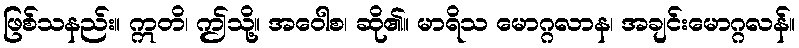
ဖြစ်သနည်း။ ဣတိ၊ ဤသို့။ အဝေါစ၊ ဆို၏။ မာရိသ မောဂ္ဂလာန၊ အချင်းမောဂ္ဂလန်။